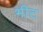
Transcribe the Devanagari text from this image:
भीट